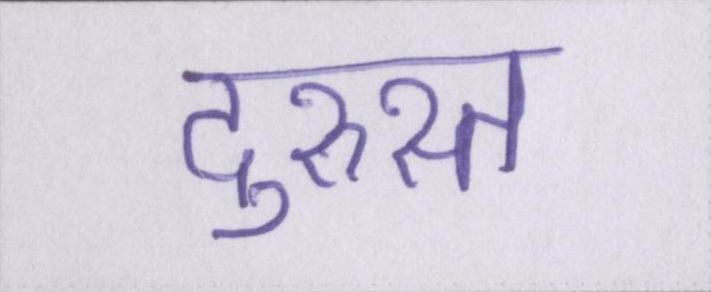
दुरुस्त